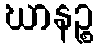
ဃာနဉ္စ